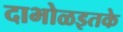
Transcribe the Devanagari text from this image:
दाभोळइतके